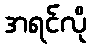
အရင်လို